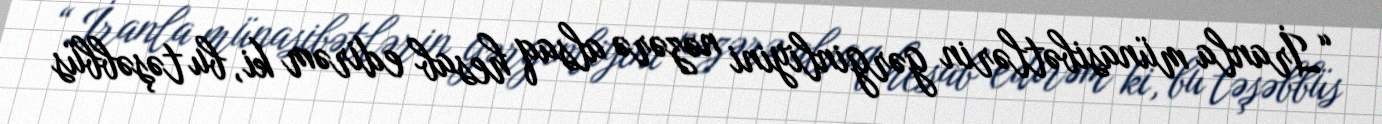
“İranla münasibətlərin gərginliyini nəzərə alsaq hesab edirəm ki, bu təşəbbüs